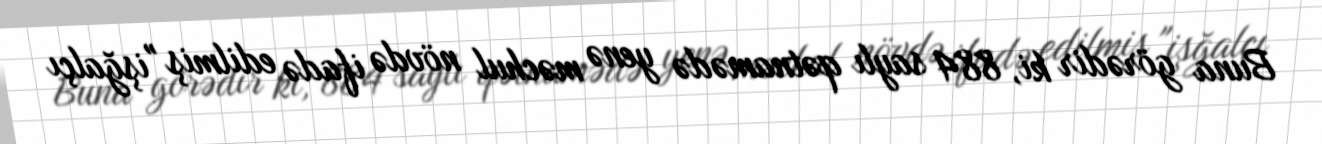
Buna görədir ki, 884 saylı qətnamədə yenə məchul növdə ifadə edilmiş "işğalçı